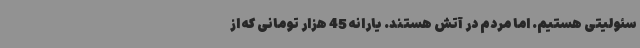
سئولیتی هستیم. اما مردم در آتش هستند. یارانه 45 هزار تومانی که از